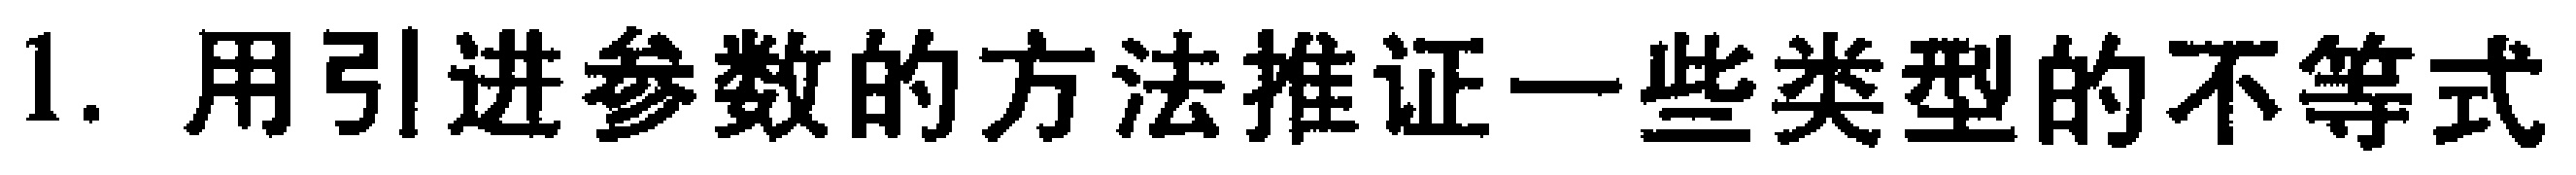
1. 用引进参数的方法推证一些类型的不等式